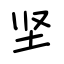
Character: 坚